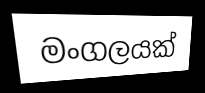
මංගලයක්